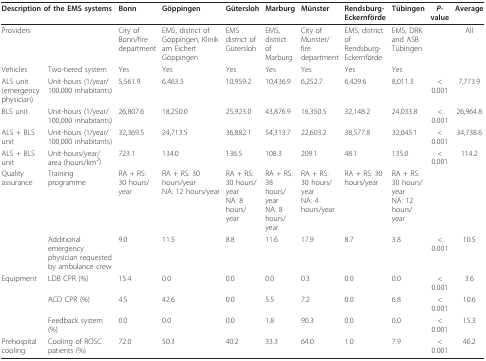
<table><thead><tr><td colspan="2"><b>Description of the EMS systems</b></td><td><b>Bonn</b></td><td><b>Göppingen</b></td><td><b>Gütersloh</b></td><td><b>Marburg</b></td><td><b>Münster</b></td><td><b>Rendsburg-Eckernförde</b></td><td><b>Tübingen</b></td><td><b><i>P</i>-value</b></td><td><b>Average</b></td></tr></thead><tbody><tr><td colspan="2">Providers</td><td>City of Bonn/fire department</td><td>EMS, district of Göppingen, Klinik am Eichert Göppingen</td><td>EMS district of Gütersloh</td><td>EMS, district of Marburg</td><td>City of Münster/fire department</td><td>EMS, district of Rendsburg-Eckernförde</td><td>EMS, DRK and ASB Tübingen</td><td></td><td>All</td></tr><tr><td>Vehicles</td><td>Two-tiered system</td><td>Yes</td><td>Yes</td><td>Yes</td><td>Yes</td><td>Yes</td><td>Yes</td><td>Yes</td><td></td><td></td></tr><tr><td>ALS unit (emergency physician)</td><td>Unit-hours (1/year/100,000 inhabitants)</td><td>5,561.9</td><td>6,463.5</td><td>10,959.2</td><td>10,436.9</td><td>6,252.7</td><td>6,429.6</td><td>8,011.3</td><td>&lt; 0.001</td><td>7,773.9</td></tr><tr><td>BLS unit</td><td>Unit-hours (1/year/100,000 inhabitants)</td><td>26,807.6</td><td>18,250.0</td><td>25,923.0</td><td>43,876.9</td><td>16,350.5</td><td>32,148.2</td><td>24,033.8</td><td>&lt; 0.001</td><td>26,964.8</td></tr><tr><td>ALS + BLS unit</td><td>Unit-hours (1/year/100,000 inhabitants)</td><td>32,369.5</td><td>24,713.5</td><td>36,882.1</td><td>54,313.7</td><td>22,603.2</td><td>38,577.8</td><td>32,045.1</td><td>&lt; 0.001</td><td>34,738.6</td></tr><tr><td>ALS + BLS unit</td><td>Unit-hours/year/area (hours/km<sup>2</sup>)</td><td>723.1</td><td>134.0</td><td>136.5</td><td>108.3</td><td>209.1</td><td>48.1</td><td>135.0</td><td>&lt; 0.001</td><td>114.2</td></tr><tr><td>Quality assurance</td><td>Training programme</td><td>RA + RS: 30 hours/year</td><td>RA + RS: 30 hours/yearNA: 12 hours/year</td><td>RA + RS: 30 hours/yearNA: 8 hours/year</td><td>RA + RS: 38 hours/yearNA: 8 hours/year</td><td>RA + RS: 30 hours/yearNA: 4 hours/year</td><td>RA + RS: 30 hours/year</td><td>RA + RS: 30 hours/yearNA: 12 hours/year</td><td></td><td></td></tr><tr><td></td><td>Additional emergency physician requested by ambulance crew</td><td>9.0</td><td>11.5</td><td>8.8</td><td>11.6</td><td>17.9</td><td>8.7</td><td>3.8</td><td>&lt; 0.001</td><td>10.5</td></tr><tr><td>Equipment</td><td>LDB CPR (%)</td><td>15.4</td><td>0.0</td><td>0.0</td><td>0.0</td><td>0.3</td><td>0.0</td><td>0.0</td><td>&lt; 0.001</td><td>3.6</td></tr><tr><td></td><td>ACD CPR (%)</td><td>4.5</td><td>42.6</td><td>0.0</td><td>5.5</td><td>7.2</td><td>0.0</td><td>6.8</td><td>&lt; 0.001</td><td>10.6</td></tr><tr><td></td><td>Feedback system (%)</td><td>0.0</td><td>0.0</td><td>0.0</td><td>1.8</td><td>90.3</td><td>0.0</td><td>0.0</td><td>&lt; 0.001</td><td>15.3</td></tr><tr><td>Prehospital cooling</td><td>Cooling of ROSC patients (%)</td><td>72.0</td><td>50.3</td><td>40.2</td><td>33.3</td><td>64.0</td><td>1.0</td><td>7.9</td><td>&lt; 0.001</td><td>46.2</td></tr></tbody></table>